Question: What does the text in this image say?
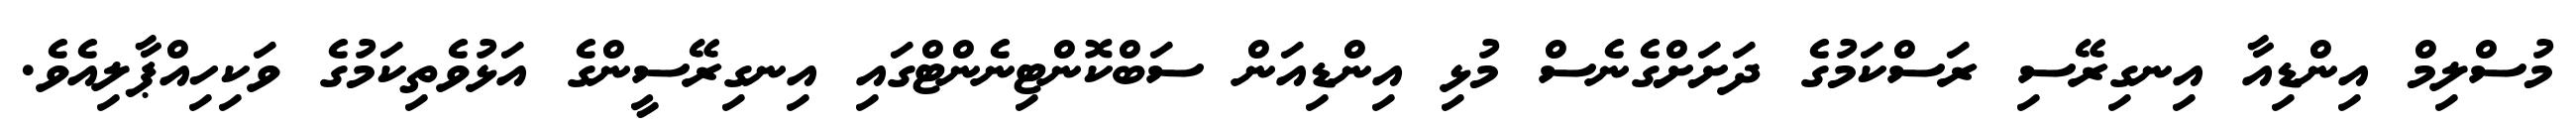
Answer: މުސްލިމް އިންޑިއާ އިނގިރޭސި ރަސްކަމުގެ ދަށަށްގެނެސް މުޅި އިންޑިއަން ސަބްކޮންޓިނެންޓްގައި އިނގިރޭސީންގެ އަޅުވެތިކަމުގެ ވަކިހިއްޕާލިއެވެ.